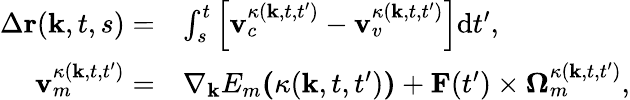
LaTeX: \begin{array}{rl}{\Delta\textbf{r}(\textbf{k},t,s)=}&{\int_{s}^{t}\left[\textbf{v}_{c}^{\kappa(\textbf{k},t,t^{\prime})}-\textbf{v}_{v}^{\kappa(\textbf{k},t,t^{\prime})}\right]\mathrm{d}t^{\prime},}\\ {\textbf{v}_{m}^{\kappa(\textbf{k},t,t^{\prime})}=}&{\nabla_{\textbf{k}}E_{m}\textbf{(}\kappa(\textbf{k},t,t^{\prime})\textbf{)}+\textbf{F}(t^{\prime})\times\mathbf{\Omega}_{m}^{\kappa(\textbf{k},t,t^{\prime})},}\end{array}